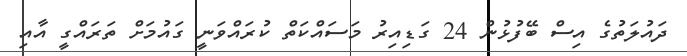
ދައުލަތުގެ އިސް ބޭފުޅުން 24 ގަޑިއިރު މަސައްކަތް ކުރައްވަނީ ގައުމަށް ތަރައްގީ އާއި